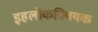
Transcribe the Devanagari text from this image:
इहलोकविषयक